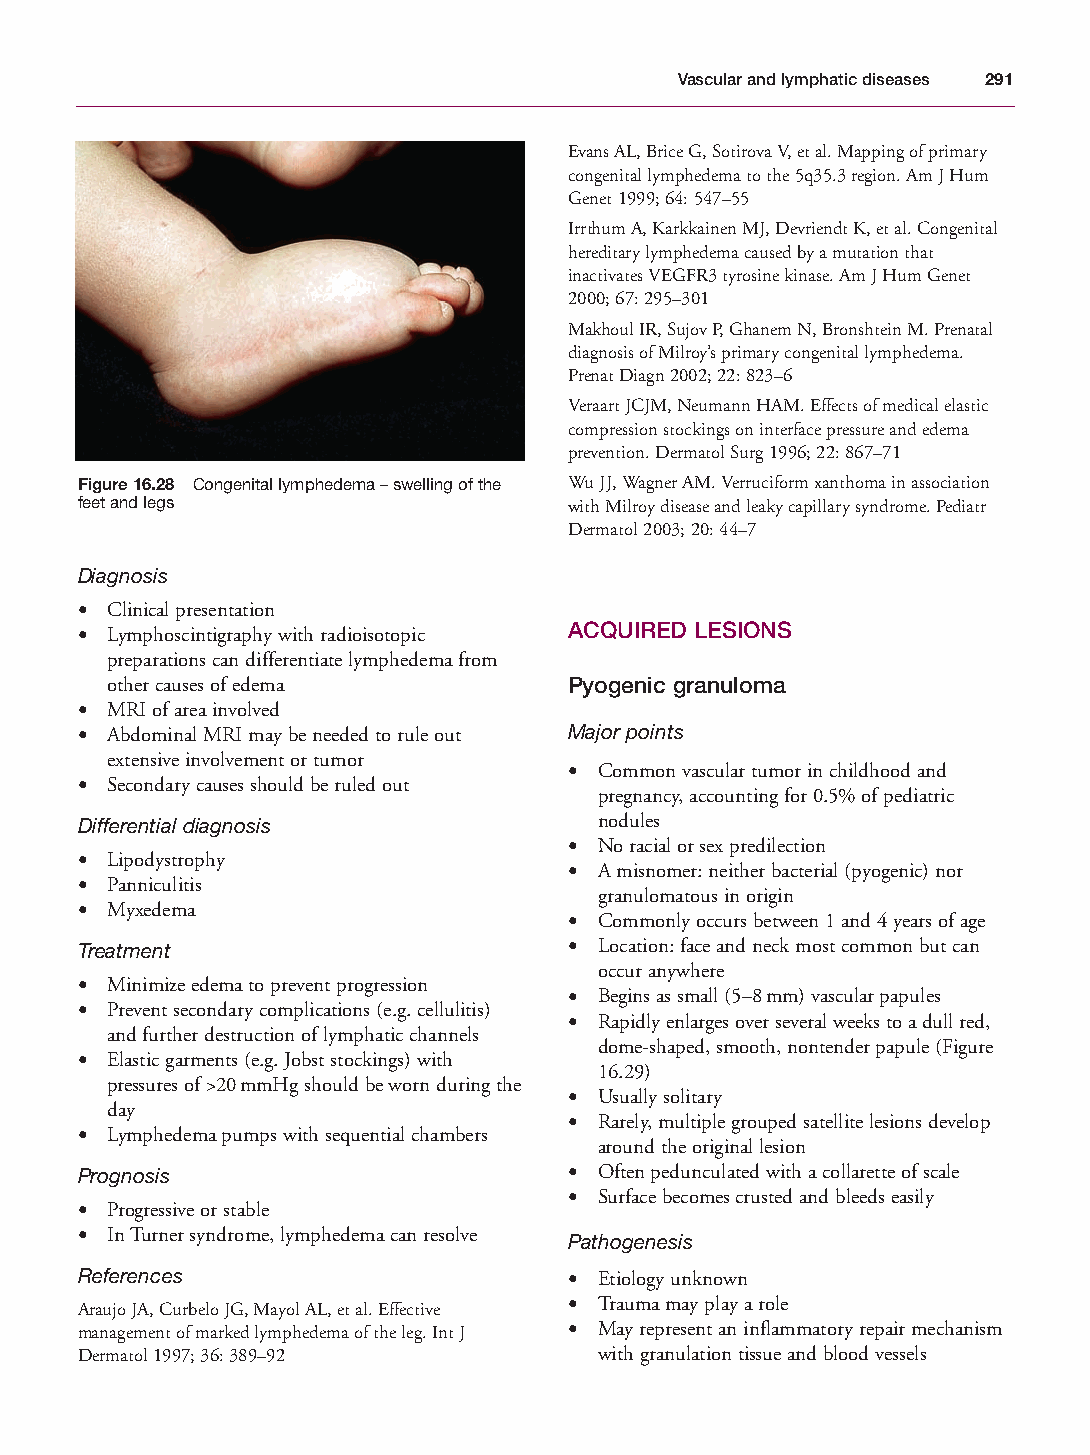
Mallory Chapter 16 27/1/05 2:49 pm Page 291
 Vascular and lymphatic diseases 291
 Evans AL, Brice G, Sotirova V, et al. Mapping of primary
 congenital lymphedema to the 5q35.3 region. Am J Hum
 Genet 1999; 64: 547–55
 Irrthum A, Karkkainen MJ, Devriendt K, et al. Congenital
 hereditary lymphedema caused by a mutation that
 inactivates VEGFR3 tyrosine kinase. Am J Hum Genet
 2000; 67: 295–301
 Makhoul IR, Sujov P, Ghanem N, Bronshtein M. Prenatal
 diagnosis of Milroy’s primary congenital lymphedema.
 Prenat Diagn 2002; 22: 823–6
 Veraart JCJM, Neumann HAM. Effects of medical elastic
 compression stockings on interface pressure and edema
 prevention. Dermatol Surg 1996; 22: 867–71
 Figure 16.28 Congenital lymphedema – swelling of the Wu JJ, Wagner AM. Verruciform xanthoma in association
 feet and legs                    with Milroy disease and leaky capillary syndrome. Pediatr
 Dermatol 2003; 20: 44–7
 Diagnosis
 • Clinical presentation
 • Lymphoscintigraphy with radioisotopic ACQUIRED LESIONS
 preparations can differentiate lymphedema from
 other causes of edema          Pyogenic granuloma
 • MRI of area involved
 • Abdominal MRI may be needed to rule out Major points
 extensive involvement or tumor
 • Common vascular tumor in childhood and
 • Secondary causes should be ruled out
 pregnancy, accounting for 0.5% of pediatric
 Differential diagnosis             nodules
 • No racial or sex predilection
 • Lipodystrophy
 • A misnomer: neither bacterial (pyogenic) nor
 • Panniculitis
 granulomatous in origin
 • Myxedema
 • Commonly occurs between 1 and 4 years of age
 Treatment                        • Location: face and neck most common but can
 occur anywhere
 • Minimize edema to prevent progression
 • Begins as small (5–8mm) vascular papules
 • Prevent secondary complications (e.g. cellulitis)
 • Rapidly enlarges over several weeks to a dull red,
 and further destruction of lymphatic channels
 dome-shaped, smooth, nontender papule (Figure
 • Elastic garments (e.g. Jobst stockings) with
 16.29)
 pressures of >20mmHg should be worn during the
 • Usually solitary
 day
 • Rarely, multiple grouped satellite lesions develop
 • Lymphedema pumps with sequential chambers
 around the original lesion
 Prognosis                        • Often pedunculated with a collarette of scale
 • Surface becomes crusted and bleeds easily
 • Progressive or stable
 • In Turner syndrome, lymphedema can resolve
 Pathogenesis
 References                       • Etiology unknown
 Araujo JA, Curbelo JG, Mayol AL, et al. Effective • Trauma may play a role
 management of marked lymphedema of the leg. Int J • May represent an inflammatory repair mechanism
 Dermatol 1997; 36: 389–92          with granulation tissue and blood vessels